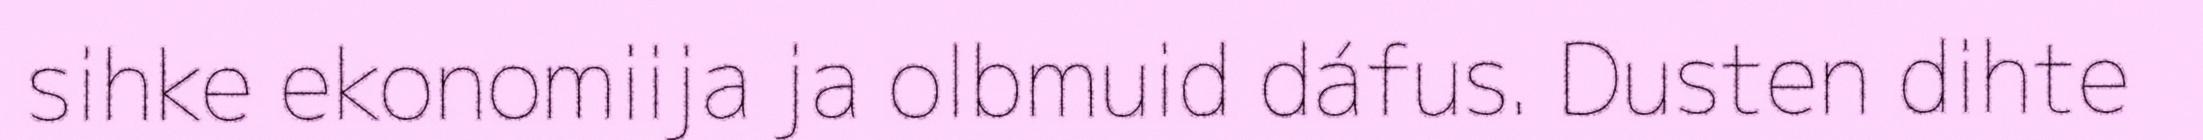
sihke ekonomiija ja olbmuid dáfus. Dusten dihte